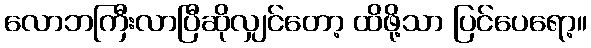
လောဘကြီးလာပြီဆိုလျှင်တော့ ထိဖို့သာ ပြင်ပေရော့။